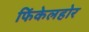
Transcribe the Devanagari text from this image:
फिंकेलहोर